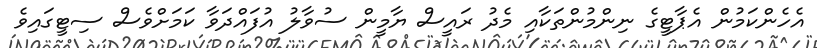
އެހެންކަމުން އެޕާޓީގެ ނިންމުންތަކާއި މެދު ރައީސް ޔާމީން ސުވާލު އުފައްދަވާ ކަމަށްވެސް ސިޓީގައިވެ